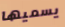
يسميها